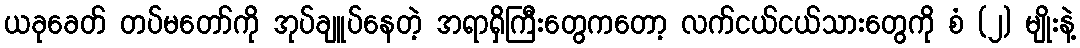
ယခုခေတ် တပ်မတော်ကို အုပ်ချူပ်နေတဲ့ အရာရှိကြီးတွေကတော့ လက်ငယ်ငယ်သားတွေကို စံ (၂) မျိုးနဲ့